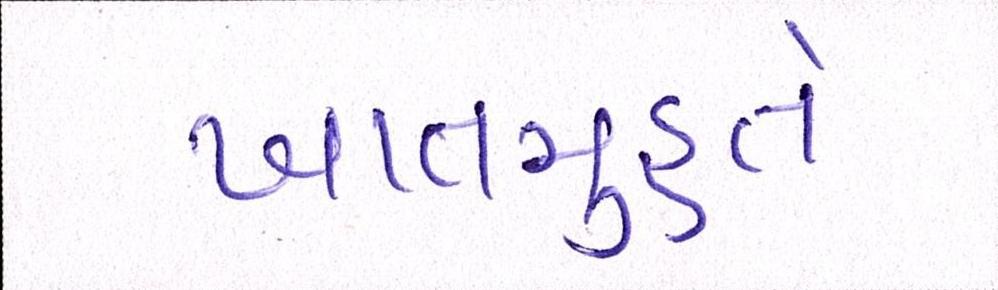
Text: ખાતમુહૂર્ત